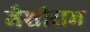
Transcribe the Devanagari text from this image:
जैशीराम